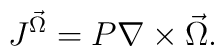
J^{\vec \Omega}=P\nabla \times \vec \Omega.